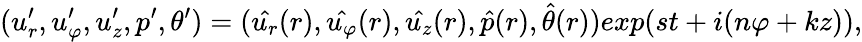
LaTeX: (u_{r}^{\prime},u_{\varphi}^{\prime},u_{z}^{\prime},p^{\prime},\theta^{\prime})=(\hat{u_{r}}(r),\hat{u_{\varphi}}(r),\hat{u_{z}}(r),\hat{p}(r),\hat{\theta}(r))exp(st+i(n\varphi+kz)),